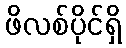
ဖိလစ်ပိုင်ရှိ